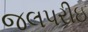
જલપરીઇ